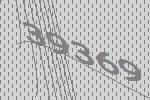
39369